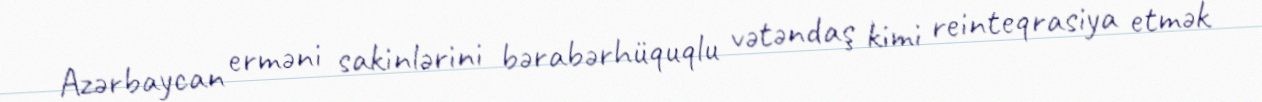
Azərbaycan erməni sakinlərini bərabərhüquqlu vətəndaş kimi reinteqrasiya etmək